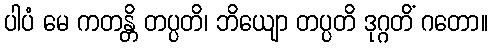
ပါပံ မေ ကတန္တိ တပ္ပတိ၊ ဘိယျော တပ္ပတိ ဒုဂ္ဂတိံ ဂတော။